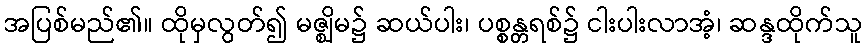
အပြစ်မည်၏။ ထိုမှလွတ်၍ မဇ္ဈိမ၌ ဆယ်ပါး၊ ပစ္စန္တရစ်၌ ငါးပါးလာအံ့၊ ဆန္ဒထိုက်သူ